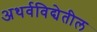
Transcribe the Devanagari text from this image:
अथर्वविद्येतील